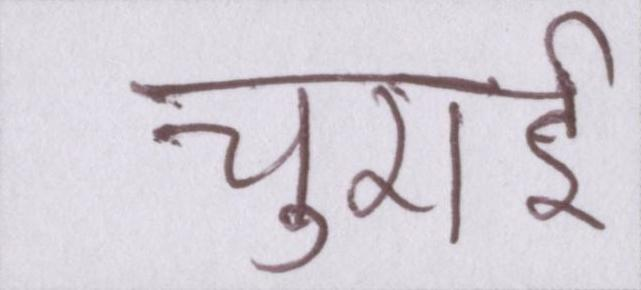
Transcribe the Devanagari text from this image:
चुराई